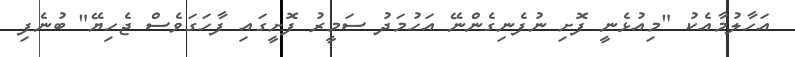
އަހާލުމާއެކު "މިއުޅެނީ ފޮށި ނުފެނިގެންނޭ އަހުމަދު ސަމީރު ފޮށީގައި ފާހަގަވެސް ޖެހިޔޭ" ބުނެފި